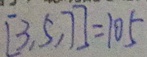
[ 3 , 5 , 7 ] = 1 0 5